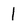
Character: l